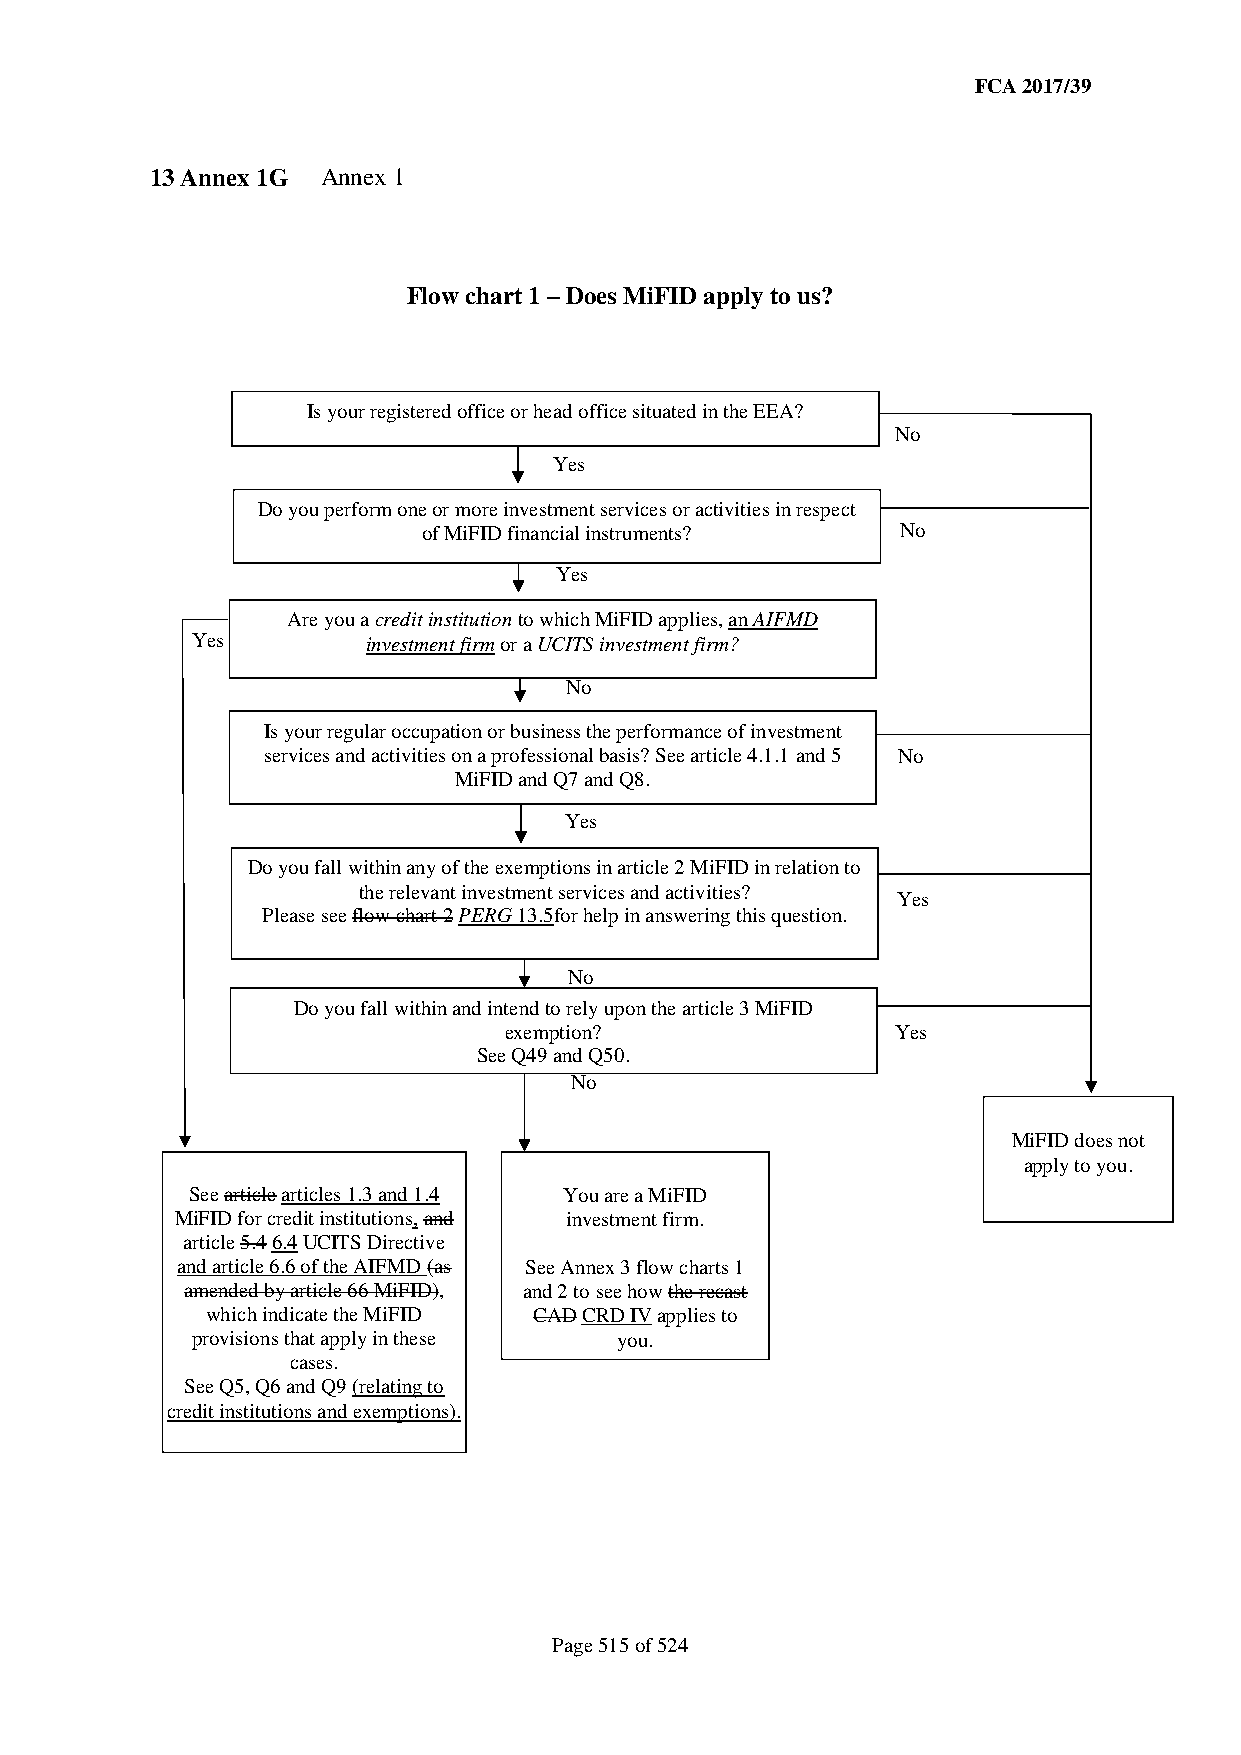
FCA 2017/39
 13 Annex 1G Annex 1
 Flow chart 1 – Does MiFID apply to us?
 Is your registered office or head office situated in the EEA?
 No
 Yes
 Do you perform one or more investment services or activities in respect
 of MiFID financial instruments? No
 Yes
 Are you a credit institution to which MiFID applies, an AIFMD
 Yes        investment firm or a UCITS investment firm?
 No
 Is your regular occupation or business the performance of investment
 services and activities on a professional basis? See article 4.1.1 and 5 No
 MiFID and Q7 and Q8.
 Yes
 Do you fall within any of the exemptions in article 2 MiFID in relation to
 the relevant investment services and activities?
 Y es
 Please see flow chart 2 PERG 13.5for help in answering this question.
 No
 Do you fall within and intend to rely upon the article 3 MiFID
 exemption?                Y es
 See Q49 and Q50.
 No
 MiFID does not
 apply to you.
 See article articles 1.3 and 1.4 You are a MiFID
 MiFID for credit institutions, and investment firm.
 article 5.4 6.4 UCITS Directive
 and article 6.6 of the AIFMD (as See Annex 3 flow charts 1
 amended by article 66 MiFID), and 2 to see how the recast
 which indicate the MiFID CAD CRD IV applies to
 provisions that apply in these you.
 cases.
 See Q5, Q6 and Q9 (relating to
 credit institutions and exemptions).
 Page 515 of 524